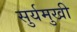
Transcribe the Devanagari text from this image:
सुर्यमुखी